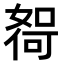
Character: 𫱖